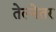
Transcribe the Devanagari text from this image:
तेल्नेतर